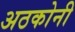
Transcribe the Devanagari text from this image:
अठकोनी